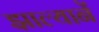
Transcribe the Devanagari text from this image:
झाल्यानें